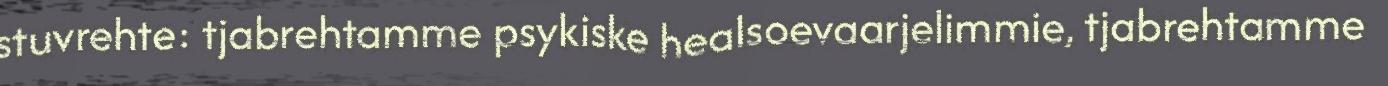
stuvrehte: tjabrehtamme psykiske healsoevaarjelimmie, tjabrehtamme